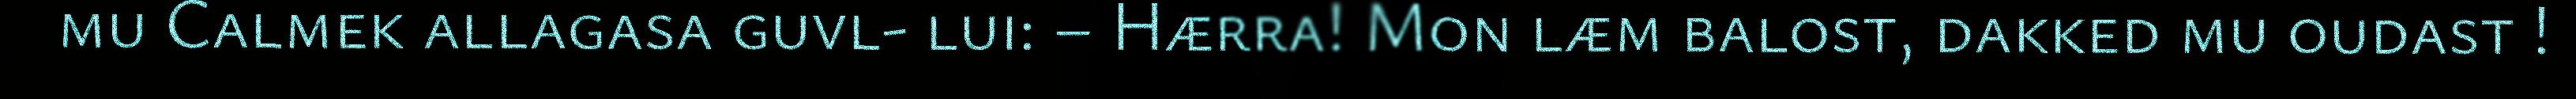
mu Calmek allagasa guvl- lui: – Hærra! Mon læm balost, dakked mu oudast !